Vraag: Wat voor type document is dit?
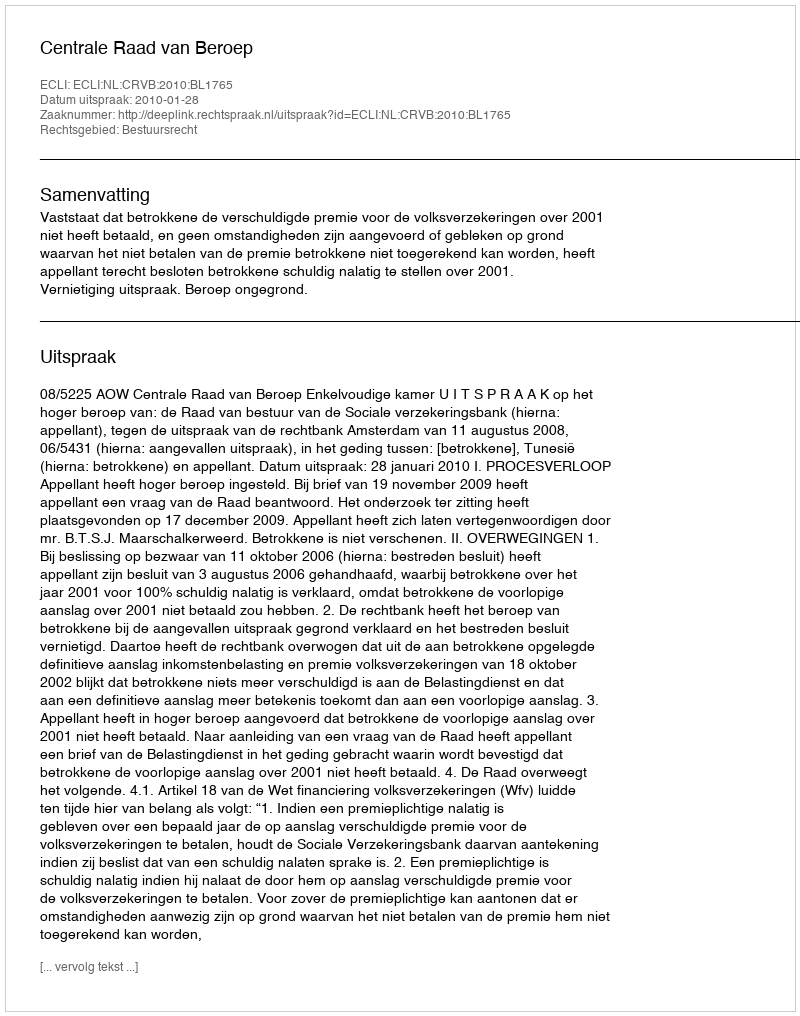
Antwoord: Uitspraak